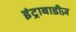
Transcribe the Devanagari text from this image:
इंट्राबाडीज़